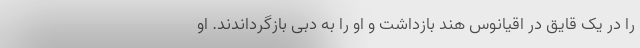
را در یک قایق در اقیانوس هند بازداشت و او را به دبی بازگرداندند. او